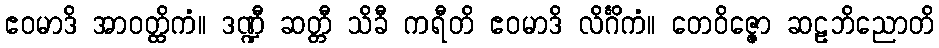
ဧဝမာဒိ အာဝတ္ထိကံ။ ဒဏ္ဍီ ဆတ္တီ သိခီ ကရီတိ ဧဝမာဒိ လိင်္ဂိကံ။ တေဝိဇ္ဇော ဆဠဘိညောတိ